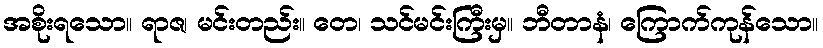
အစိုးရသော။ ရာဇ၊ မင်းတည်း။ တေ၊ သင်မင်းကြီးမှ။ ဘီတာနံ၊ ကြောက်ကုန်သော။